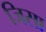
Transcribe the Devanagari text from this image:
जिसा